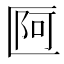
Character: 𠥍